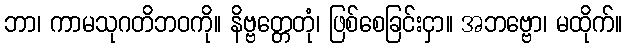
ဘာ၊ ကာမသုဂတိဘဝကို။ နိဗ္ဗတ္တေတုံ၊ ဖြစ်စေခြင်းငှာ။ အဘဗ္ဗော၊ မထိုက်။